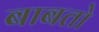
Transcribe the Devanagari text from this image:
बाबतो